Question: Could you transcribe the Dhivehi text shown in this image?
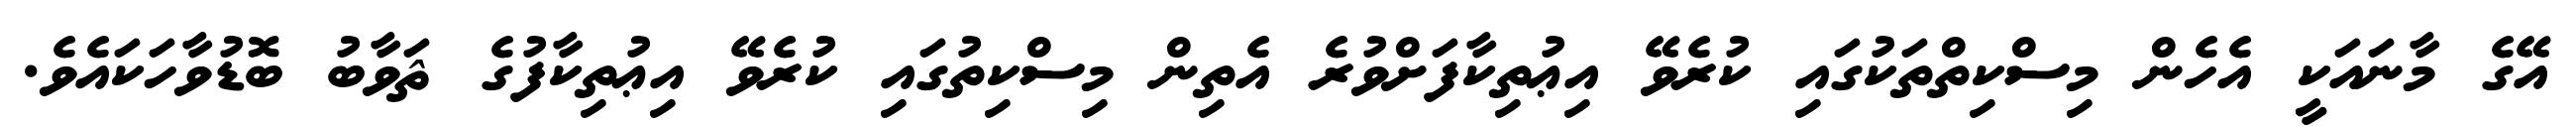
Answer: އޭގެ މާނައަކީ އެހެން މިސްކިތްތަކުގައި ކުރެވޭ އިޢުތިކާފަށްވުރެ އެތިން މިސްކިތުގައި ކުރެވޭ އިޢުތިކާފުގެ ޘަވާބު ބޮޑުވާހަކައެވެ.